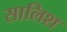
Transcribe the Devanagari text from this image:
सालिश